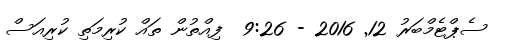
ސެޕްޓެމްބަރު 12